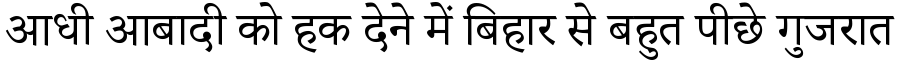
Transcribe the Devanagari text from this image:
आधी आबादी को हक देने में बिहार से बहुत पीछे गुजरात